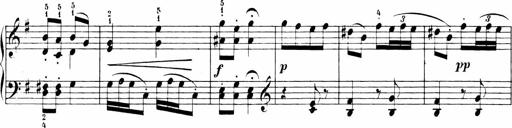
Title: 6 Sonatinas
Composer: Carl Reinecke